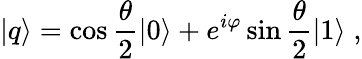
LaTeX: \left|q\right\rangle=\cos\frac{\theta}{2}\left|0\right\rangle+e^{i\varphi}\sin\frac{\theta}{2}\left|1\right\rangle\; ,